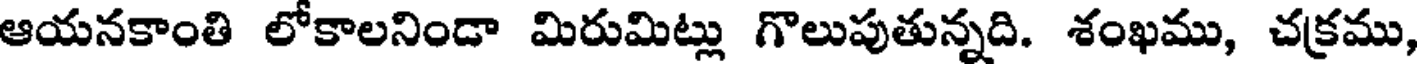
ఆయనకాంతి లోకాలనిండా మిరుమిట్లు గొలుపుతున్నది. శంఖము, చక్రము,